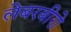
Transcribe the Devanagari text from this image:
लेबरबीरो